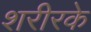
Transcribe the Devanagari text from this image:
शरीरके